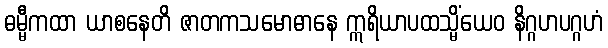
ဓမ္မီကထာ ယာစနေတိ ဇာတကသမောဓာနေ ဣရိယာပထသ္မိံယေဝ နိဂ္ဂဟပဂ္ဂဟံ